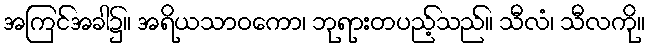
အကြင်အခါ၌။ အရိယသာဝကော၊ ဘုရားတပည့်သည်။ သီလံ၊ သီလကို။